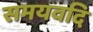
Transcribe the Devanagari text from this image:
समयवदि